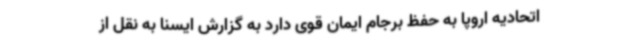
اتحادیه اروپا به حفظ برجام ایمان قوی دارد به گزارش ایسنا به نقل از